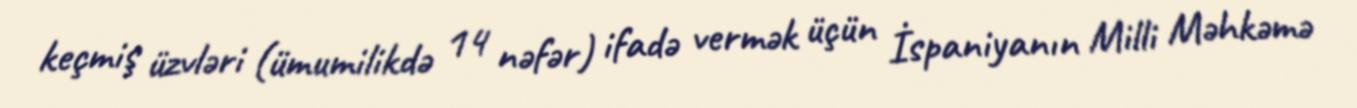
keçmiş üzvləri (ümumilikdə 14 nəfər) ifadə vermək üçün İspaniyanın Milli Məhkəmə